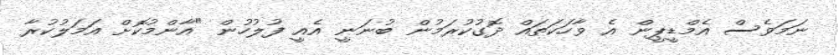
ނަމަވެސް އެމްޑީޕީން އެ ވާހަކަތައް ދޮގުކުރަމުން ބުނަނީ އެއީ ފުލުހުން "އާންމުކޮށް އަމަލުކުރާ